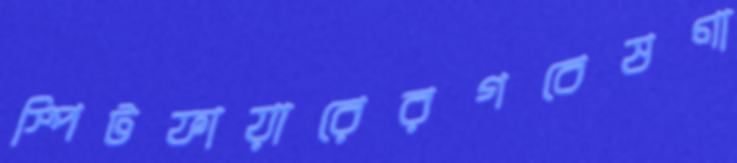
স্পিটফায়ারেরগবেষণা